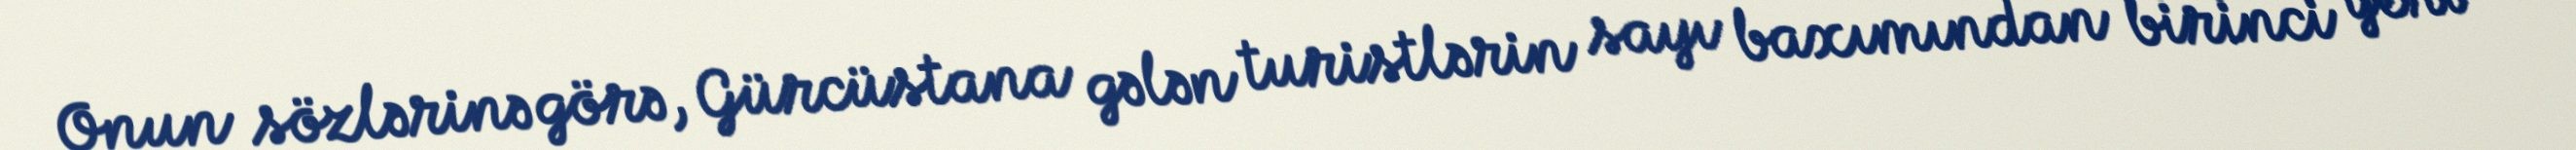
Onun sözlərinə görə, Gürcüstana gələn turistlərin sayı baxımından birinci yeri